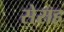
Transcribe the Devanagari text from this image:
सेराह